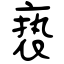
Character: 亵